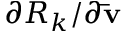
{ \partial { R _ { k } } / \partial { \bf { \bar { v } } } }